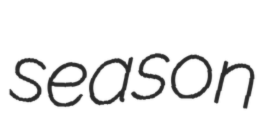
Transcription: season